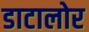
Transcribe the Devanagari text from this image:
डाटालोर